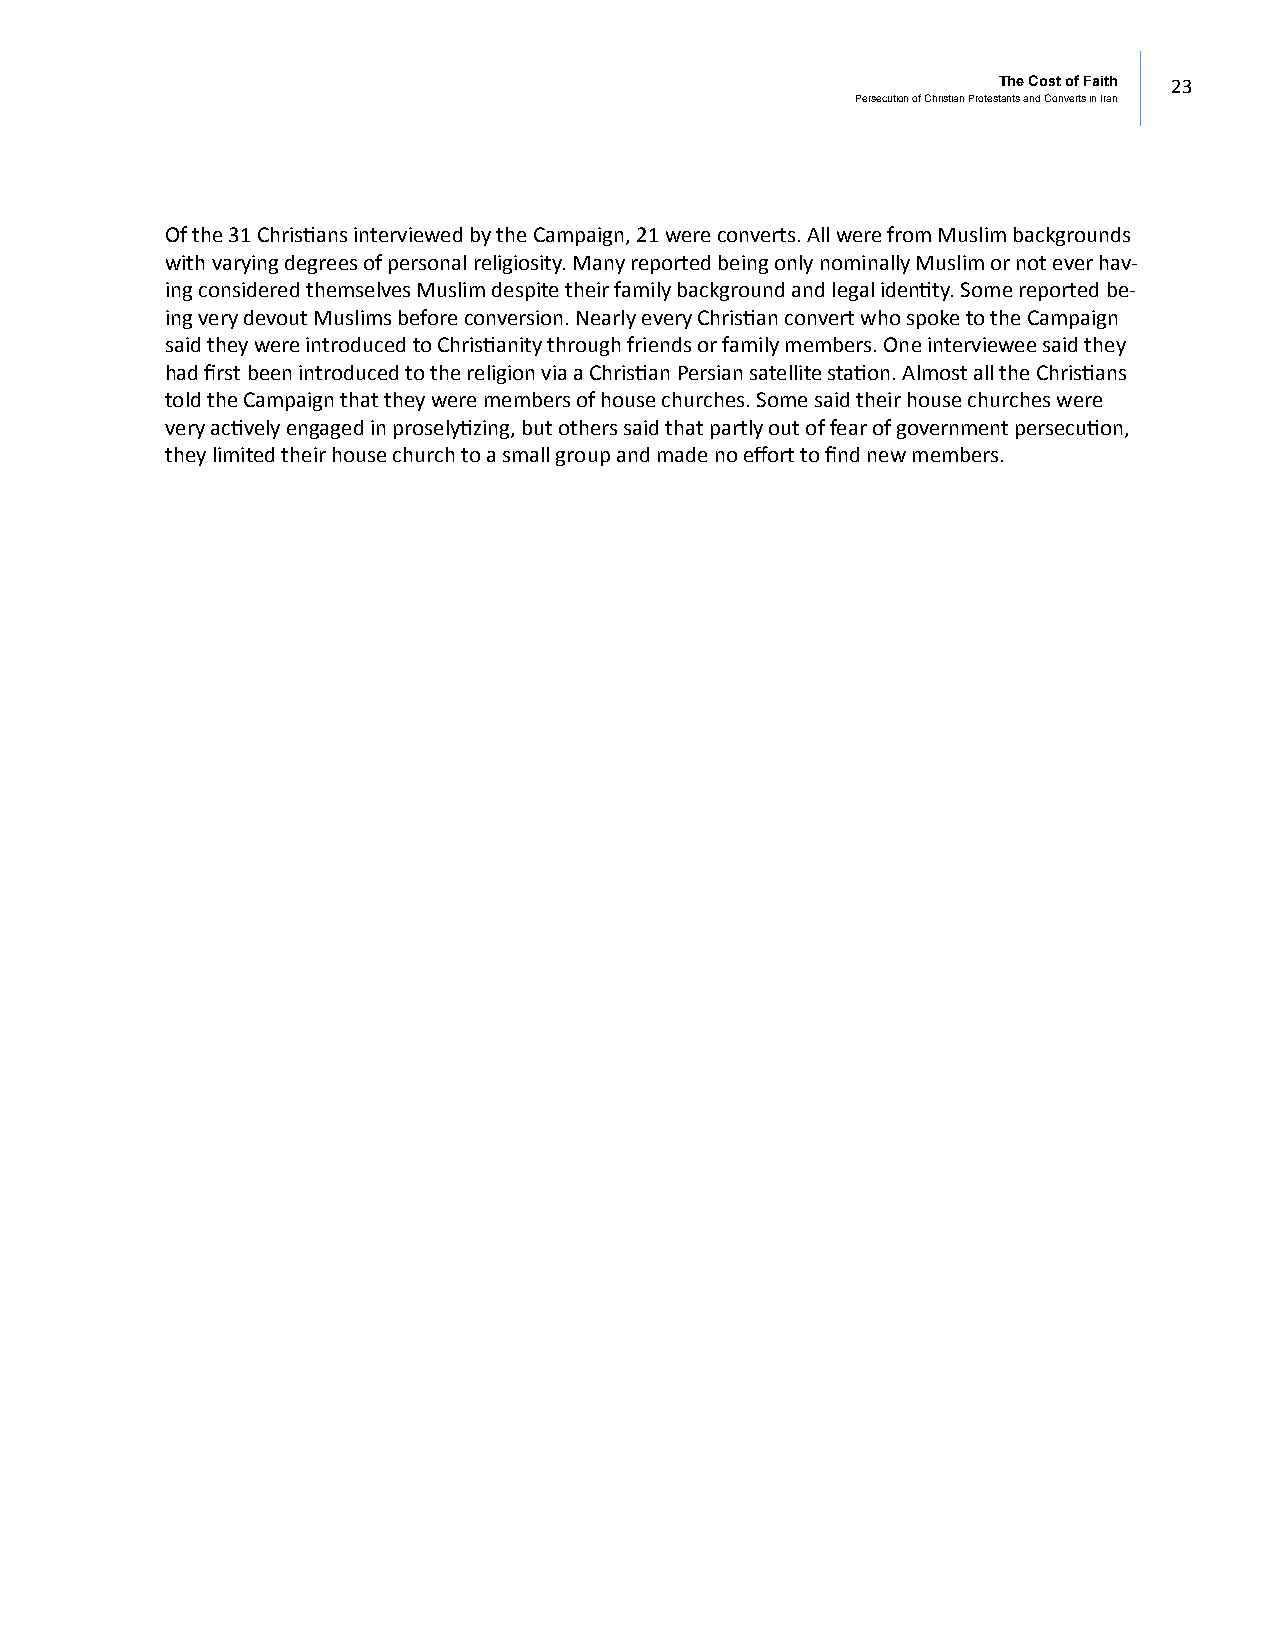
The Cost of Faith 23
 Persecution of Christian Protestants and Converts in Iran
 Of the 31 Christians interviewed by the Campaign, 21 were converts. All were from Muslim backgrounds
 with varying degrees of personal religiosity. Many reported being only nominally Muslim or not ever hav-
 ing considered themselves Muslim despite their family background and legal identity. Some reported be-
 ing very devout Muslims before conversion. Nearly every Christian convert who spoke to the Campaign
 said they were introduced to Christianity through friends or family members. One interviewee said they
 had first been introduced to the religion via a Christian Persian satellite station. Almost all the Christians
 told the Campaign that they were members of house churches. Some said their house churches were
 very actively engaged in proselytizing, but others said that partly out of fear of government persecution,
 they limited their house church to a small group and made no effort to find new members.